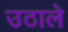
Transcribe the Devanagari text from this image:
उठाले